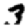
Digit: 3